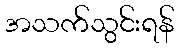
အသက်သွင်းရန်